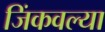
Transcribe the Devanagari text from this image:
जिंकवल्या